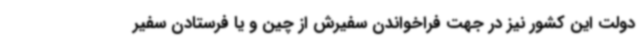
دولت این کشور نیز در جهت فراخواندن سفیرش از چین و یا فرستادن سفیر